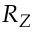
R _ { Z }